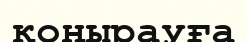
қоңырауға